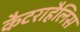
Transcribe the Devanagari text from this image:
कैटराहैलिस